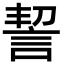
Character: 䛚